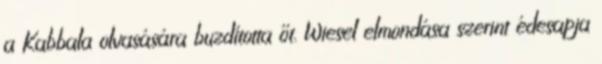
a Kabbala olvasására buzdította őt. Wiesel elmondása szerint édesapja